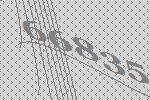
66835